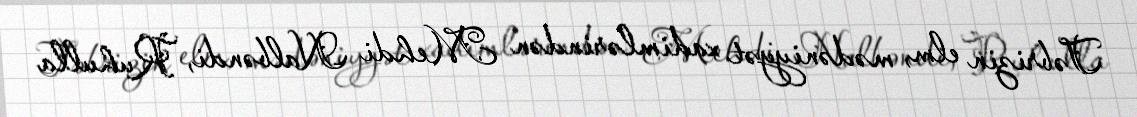
Təbrizin elm, mədəniyyət xadimlərindən Mehdi Nalbəndi, Ruhulla